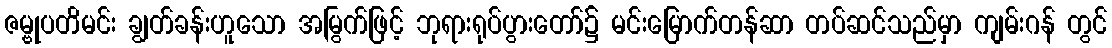
ဇမ္ဗုပတိမင်း ချွတ်ခန်းဟူသော အမြွက်ဖြင့် ဘုရားရုပ်ပွားတော်၌ မင်းမြောက်တန်ဆာ တပ်ဆင်သည်မှာ ကျမ်းဂန် တွင်